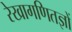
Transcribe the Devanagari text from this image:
रेखागणितज्ञों